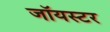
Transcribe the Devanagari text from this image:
जॉयस्टर